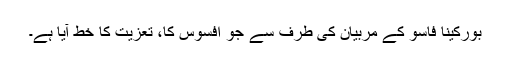
بورکینا فاسو کے مربیان کی طرف سے جو افسوس کا، تعزیت کا خط آیا ہے۔